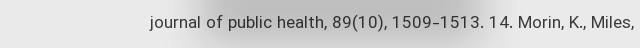
journal of public health, 89(10), 1509-1513. 14. Morin, K., Miles,